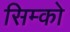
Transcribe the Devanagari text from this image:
सिम्को